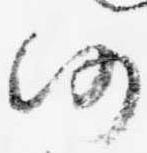
仍